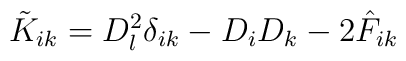
\tilde{K}_{ik} = D^2_l \delta_{ik} - D_i D_k - 2 \hat{F}_{ik}